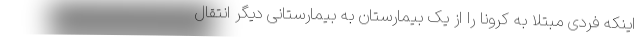
اینکه فردی مبتلا به کرونا را از یک بیمارستان به بیمارستانی دیگر انتقال